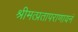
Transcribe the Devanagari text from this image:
श्रीमत्प्रतापराणायनं